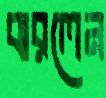
ঝরলেন